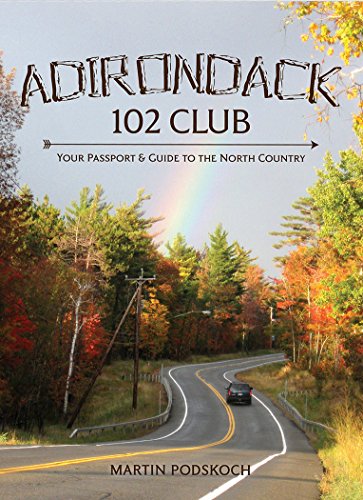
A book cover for Adirondack 102 Club: Your Passport to the North Country; Martin Podskoch; Travel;